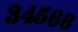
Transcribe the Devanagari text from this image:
३४५६६